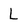
Character: L